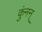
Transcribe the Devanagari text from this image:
कुंनन्